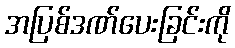
အပြစ်ဒဏ်ပေးခြင်းကို